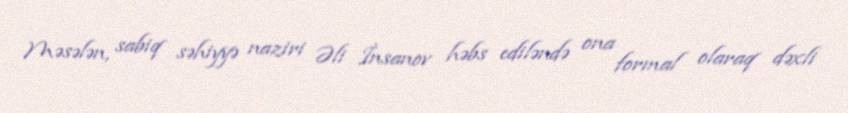
Məsələn, sabiq səhiyyə naziri Əli İnsanov həbs ediləndə ona formal olaraq dəxli